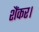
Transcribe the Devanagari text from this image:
शैंकर।